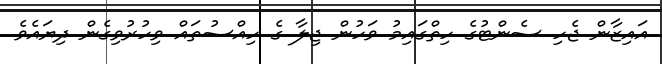
އައިޒާން ޖެހި ސެންޓުގެ ހިތްގައިމު ވަހުން ޖިލާ ގެ ހިއްސުތައް ވިހުރުވިގެން ދިޔައެވެ.